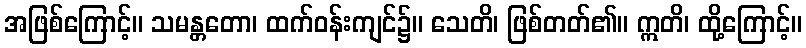
အဖြစ်ကြောင့်။ သမန္တတော၊ ထက်ဝန်းကျင်၌။ သေတိ၊ ဖြစ်တတ်၏။ ဣတိ၊ ထို့ကြောင့်။